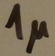
Text: 1µ